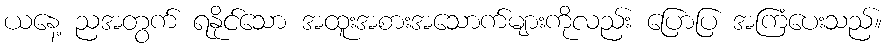
ယနေ့ ညအတွက် ရနိုင်သော အထူးအစားအသောက်များကိုလည်း ပြောပြ အကြံပေးသည်။